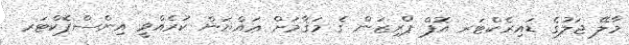
މާލޭ ޖަލުގެ ޑައިރެކްޓަރ އޮފް ޕްރިޒަން ގެ މަޤާމަށް ޢައްޔަން ކުރެއްވީ އިންސްޕެކްޓަރ